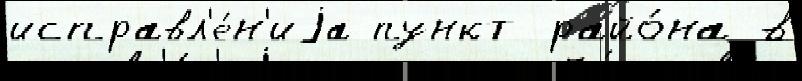
исправл'е́н'иjа пункт райо́на в